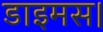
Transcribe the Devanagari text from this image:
डाइमस।